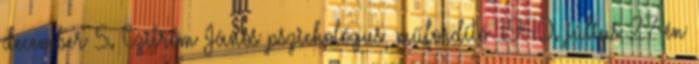
december 5. Czitrom János pszichológus, műfordító 1940. július 27-én